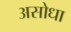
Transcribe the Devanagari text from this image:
असोधा